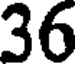
36